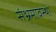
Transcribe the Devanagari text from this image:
संभ्रमावस्था